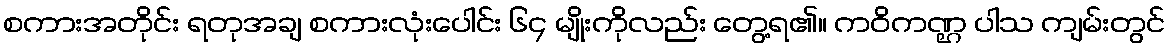
စကားအတိုင်း ရတုအချ စကားလုံးပေါင်း ၆၄ မျိုးကိုလည်း တွေ့ရ၏။ ကဝိကဏ္ဌ ပါသ ကျမ်းတွင်